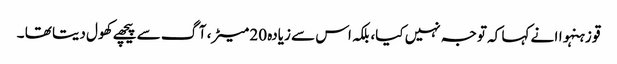
قو زہنہواا نے کہا کہ توجہ نہیں کیا، بلکہ اس سے زیادہ 20 میٹر، آگ سے پیچھے کھول دیتا تھا ۔